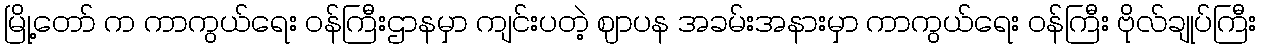
မြို့တော် က ကာကွယ်ရေး ဝန်ကြီးဌာနမှာ ကျင်းပတဲ့ ဈာပန အခမ်းအနားမှာ ကာကွယ်ရေး ဝန်ကြီး ဗိုလ်ချုပ်ကြီး